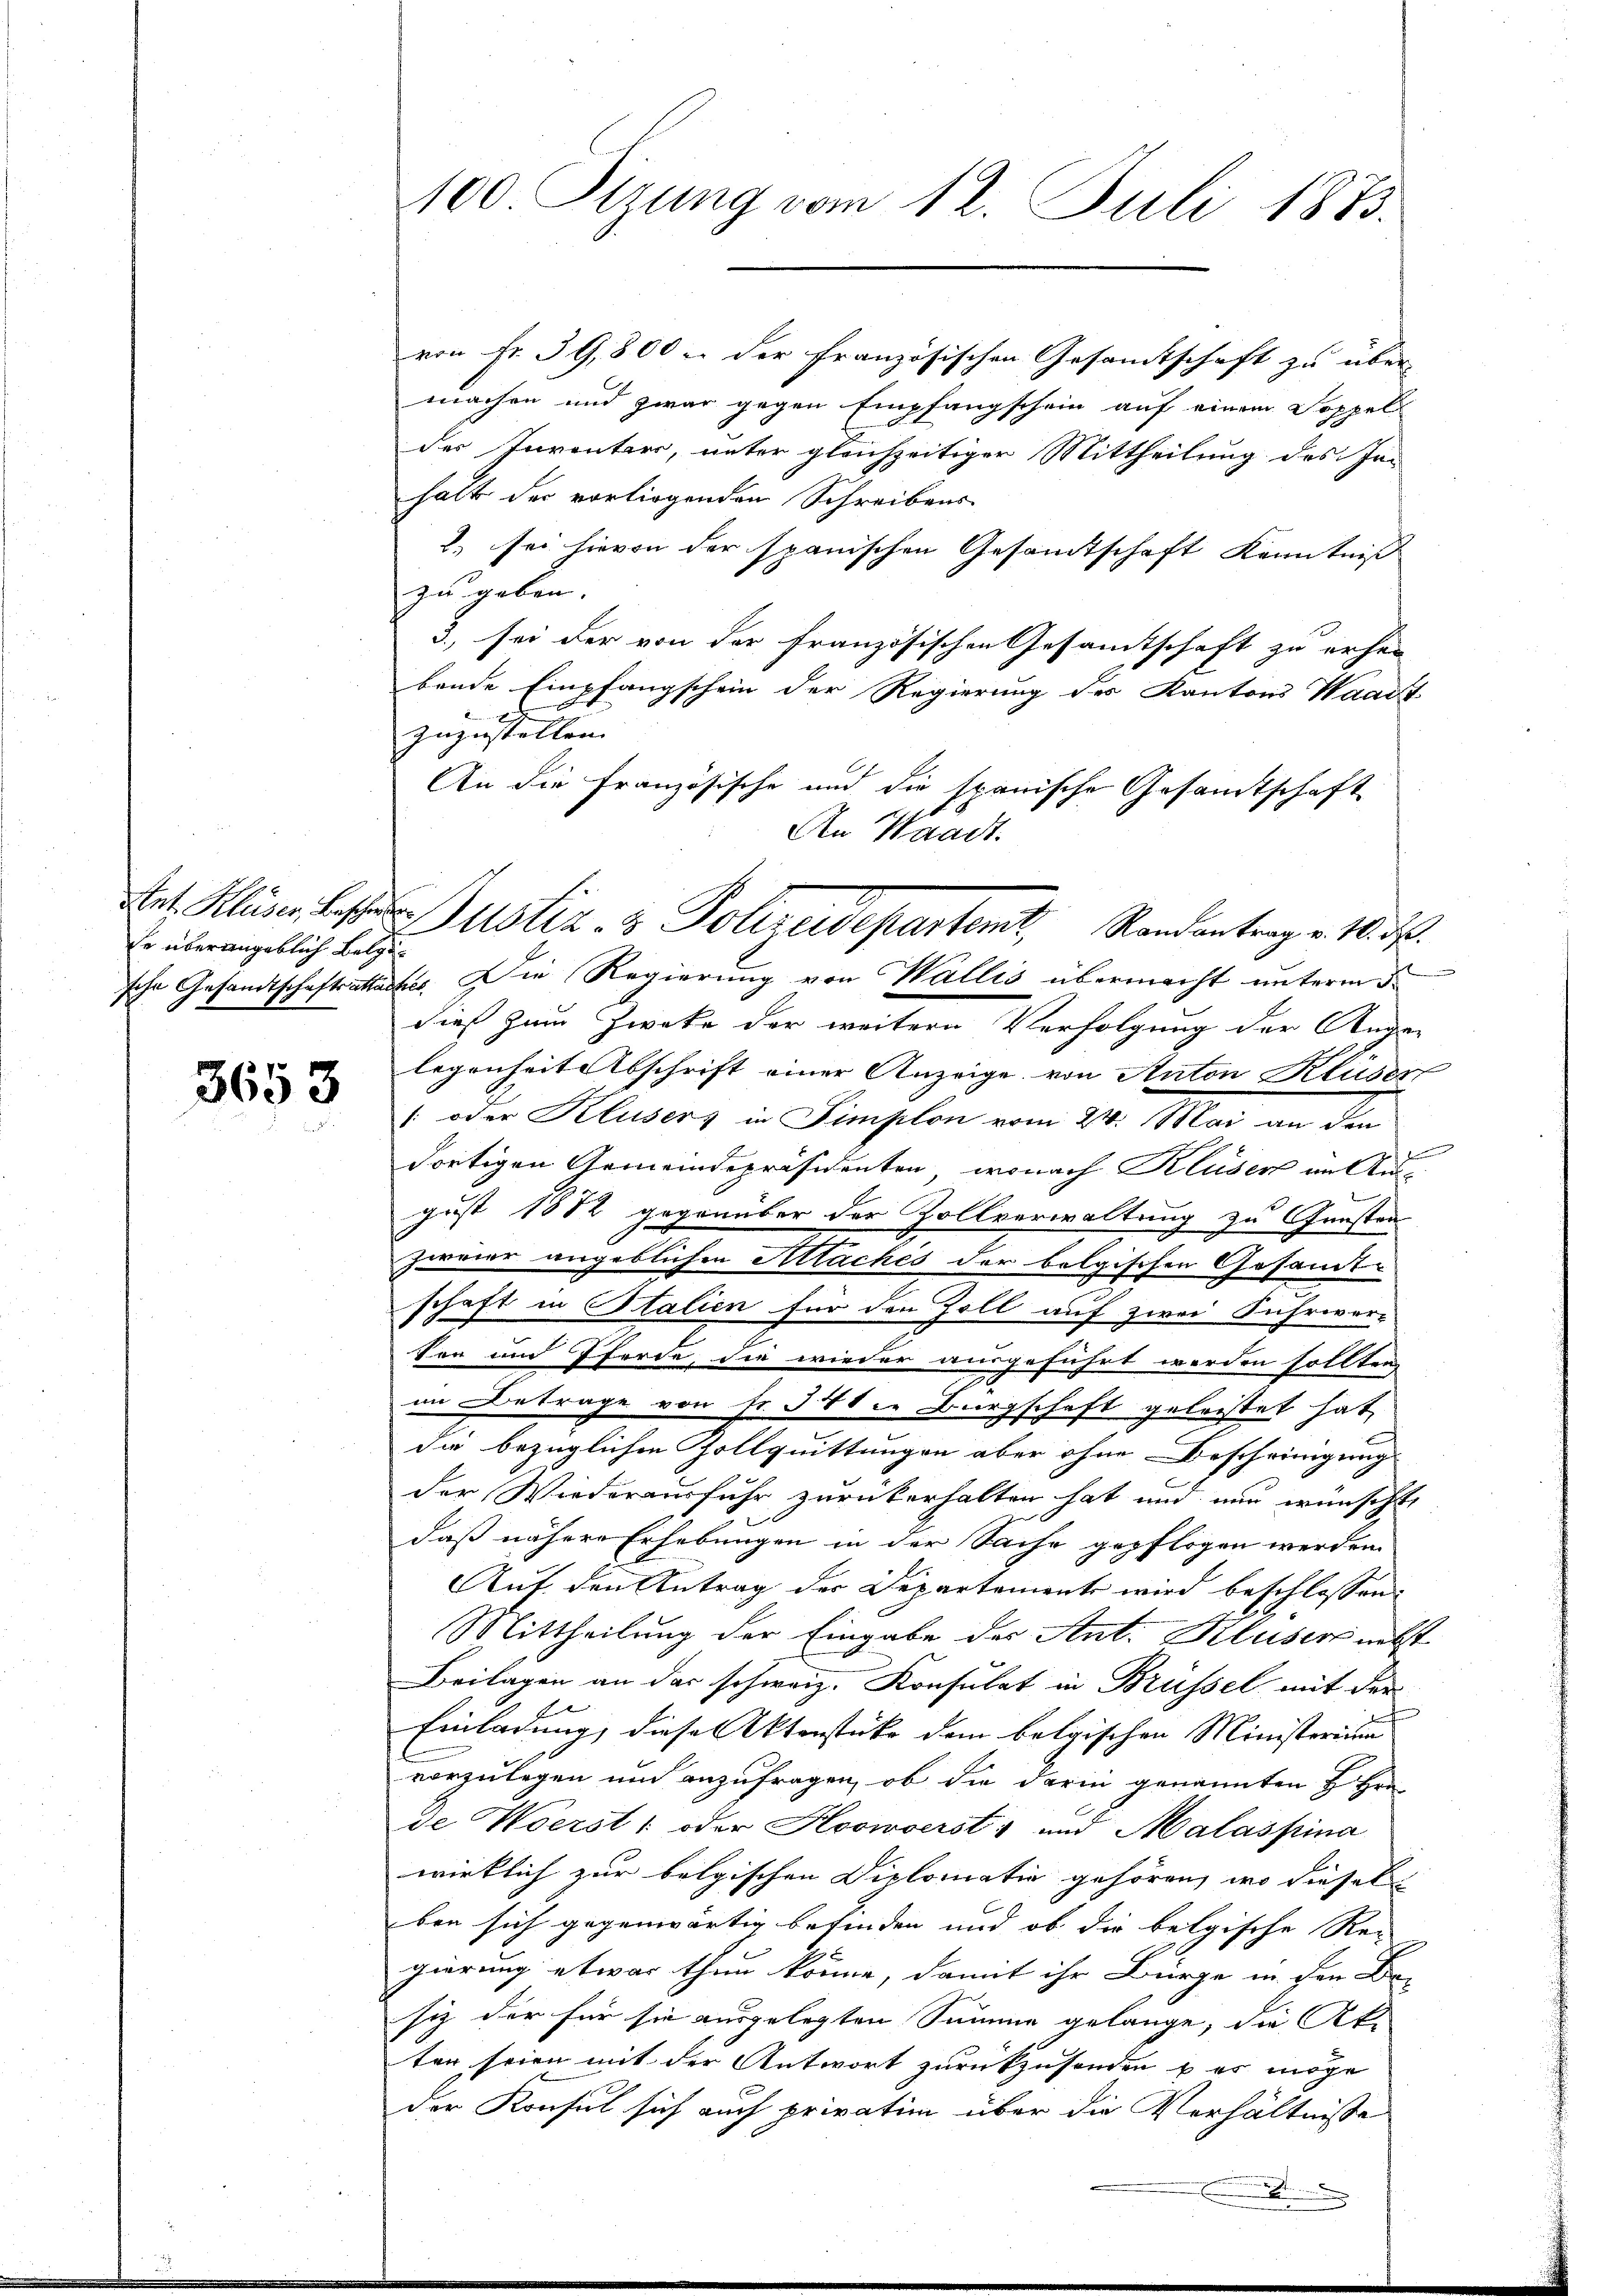
so überangeblich Belge¬

3653

100 Sizung vom 12. Juli 1873.

von Fr. 39,800 u. der französischen Gesamtschaft zu über
machen und zwar gegen Empfangschein auf einem Soppel
der Inventars, unter gleichzeitiger Mittheilung des In-
halt der vorliegenden Schreibens
2. sei hievon der spanischen Gesamtschaft Kenntniß
zu geben. |
3., sei der von der französischen Gesamtschaft zu erhei
bende Empfangschein der Regierung des Kantons Waadt
zuzustellen.
An die Französische und die spanische Gesandtschaft
An Waadt.
sche Gesandtschaftsattacht. Die Regierung von Wallis übermacht unterm 5.
dieß zum Zwecke der weitern Verfolgung der Ange-
legenheit Abschrift einer Anzeige von Anton Kluder
 oder Klusers in Simplon vom 24. Mai an den
dortigen Gemeindepräsidenten, wonach Kluser in Au
gust 1882 gegenüber der Zollverwaltung zu Gunsten
zweier angeblichen Machés der bolgischen Gesandt-
schaft in Stalien für den Zoll auf zwei Fuhrwer¬
Son und Pferde, die wieder ausgeführt worden sollten
in Betrage von Fr. 341 u. Bürgschaft geleistet hat,
die bezüglichen Zollquittungen aber ohne Bescheinigung
der Wiederausfuhr zurückerhalten hat und nun wünscht
daß nähere Erhebungen in der Sache gepflogen werden
Auf den Antrag der Departemente wird beschlossen:
Mittheilung der Eingabe des Ant. Kluser nebst
Beilagen an der schweiz. Konsulat in Brüssel mit der
Einladung, diese Aktenstücke dem belgischen Ministerium
vorzulegen und anzufragen, ob die darin genannten H. Hrn.
de Werst, oder Hoowoerst- und Malaspina
wirklich zur belgischen Diplomatio gehören, wo diesel
ben sich gegenwärtig befinden und ob die belgische Rec
gierung etwas thun könne, damit ihr Bürge in den Be-
siz der für sie ausgelegten Summe gelange, die Ak-
ten seien mit der Antwort zurückzusonden u es möge
der Konsul sich auch privatim über die Verhältnisse
.

Art. Kläger bester Justiz- & Polizeidepartent Rondantrag v. 18. d.